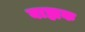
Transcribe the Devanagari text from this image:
बाह्यक